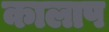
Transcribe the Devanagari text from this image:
कालाप